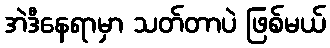
အဲဒီနေရာမှာ သတ်တာပဲ ဖြစ်မယ်